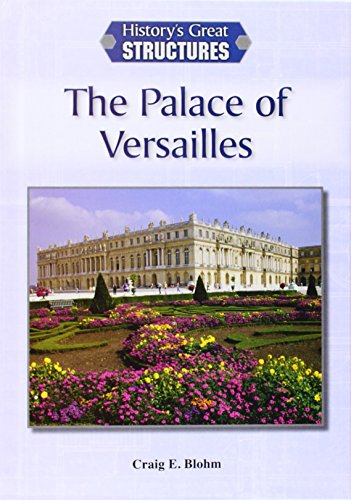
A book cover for The Palace of Versailles (History's Great Structures (Reference Point)); Craig E. Blohm; Teen & Young Adult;